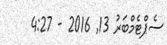
ސެޕްޓެމްބަރު 13